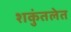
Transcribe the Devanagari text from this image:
शकुंतलेत